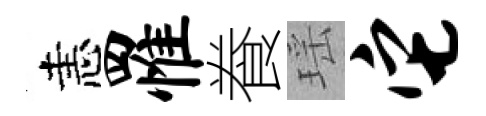
恚罹飬瑶它